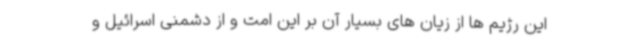
این رژیم ها از زیان های بسیار آن بر این امت و از دشمنی اسرائیل و